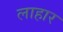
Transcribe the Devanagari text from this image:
लाहार